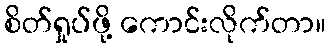
စိတ်ရှုပ်ဖို့ ကောင်းလိုက်တာ။